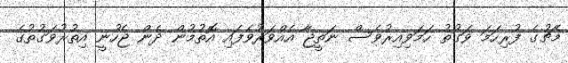
މެޗުގެ ފުރިހަމަ ވަގުތު ހަމަވިއިރުވެސް ނަތީޖާ އެއްވަރުވެފައި އޮތުމުން ދެން ޖެހުނީ އިތުރުވަގުތުގެ